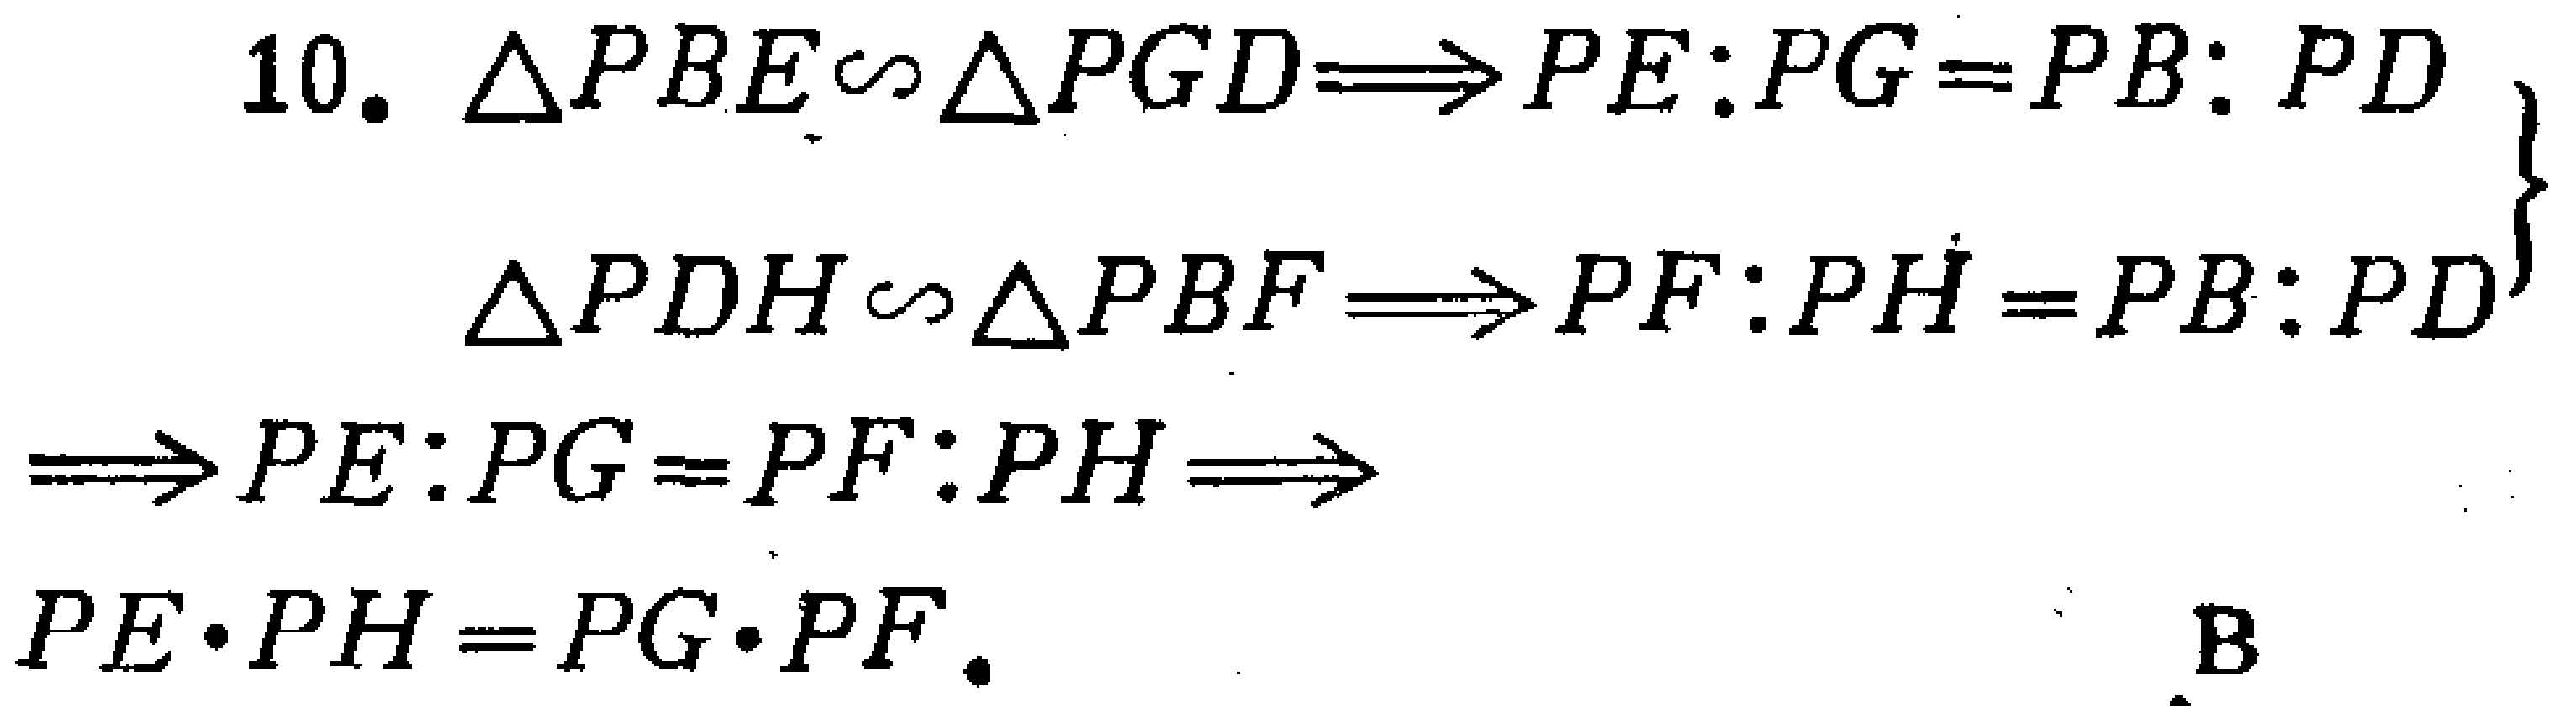
10. $\triangle PBE\sim\triangle PGD\Longrightarrow PE:PG = PB:PD$

$\left.\begin{array}{l}

\triangle PDH\sim\triangle PBF\Longrightarrow PF:PH = PB:PD

\end{array}\right\}$

$\Longrightarrow PE:PG = PF:PH\Longrightarrow$

$PE\cdot PH = PG\cdot PF.$

B